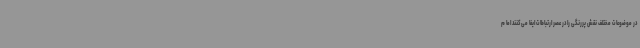
در موضوعات مختلف نقش پررنگی را در عصر ارتباطات ایفا می‌کنند اما م